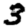
Digit: 3